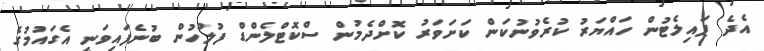
އެދެ ޕައިލެޓުން ހައްޔަރު ކުރެވުނުކަން ކަށަވަރު ކޮށްދެމުން ސްކޮޓްލެންޑް ފުލުހުން ބުނެފައިވަނީ އެގައުމުގެ